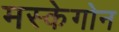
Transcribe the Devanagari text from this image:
मस्केगोन